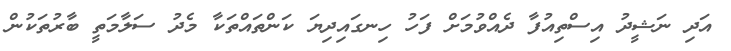
އަދި ނަޝީދު އިސްތިއުފާ ދެއްވުމަށް ފަހު ހިނގައިދިޔަ ކަންތައްތަކާ މެދު ސަލާމަތީ ބާރުތަކުން